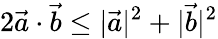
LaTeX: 2\vec{a}\cdot\vec{b}\leq|\vec{a}|^{2}+|\vec{b}|^{2}